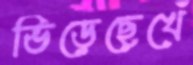
ভিড়েছেখেঁ